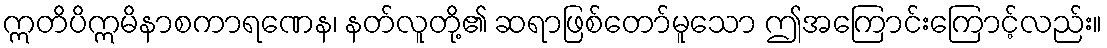
ဣတိပိဣမိနာစကာရဏေန၊ နတ်လူတို့၏ ဆရာဖြစ်တော်မူသော ဤအကြောင်းကြောင့်လည်း။